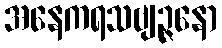
အနေကရသဗျဉ္ဇနော